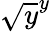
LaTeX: \sqrt{y}^{y}